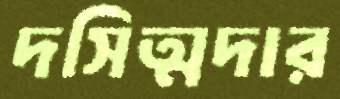
দসিত্মদার